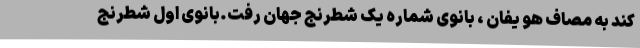
کند به مصاف هو یفان ، بانوی شماره یک شطرنج جهان رفت.بانوی اول شطرنج